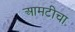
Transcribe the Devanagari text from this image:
आमटीचा